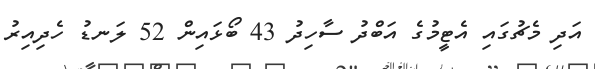
އަދި މެޗުގައި އެޓީމުގެ އަބްދު ސާހިދު 43 ބޯޅައިން 52 ލަނޑު ހެދިއިރު